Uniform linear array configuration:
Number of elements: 48
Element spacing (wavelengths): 0.75
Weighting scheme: uniform
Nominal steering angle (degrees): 45
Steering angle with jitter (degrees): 43.275
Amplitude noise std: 0.05
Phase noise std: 0.05

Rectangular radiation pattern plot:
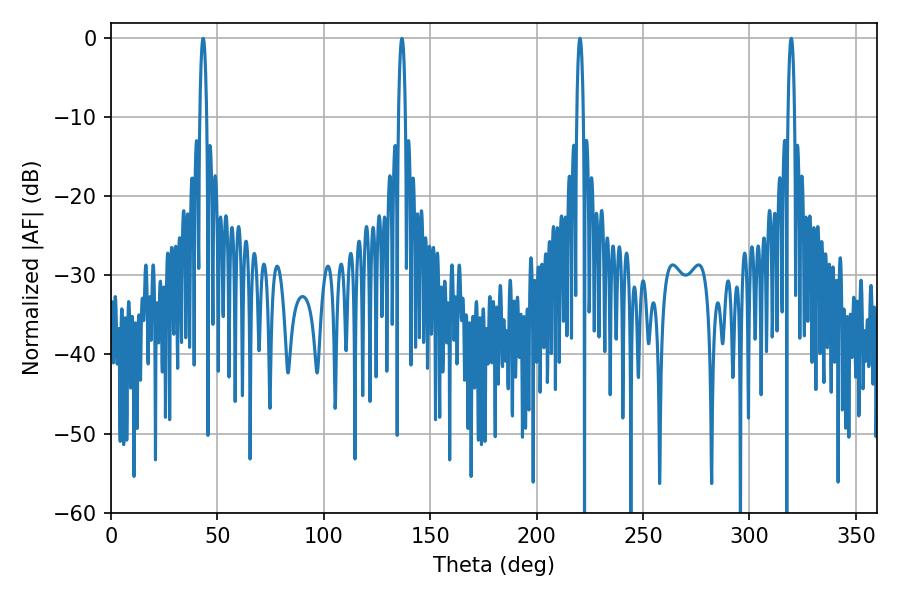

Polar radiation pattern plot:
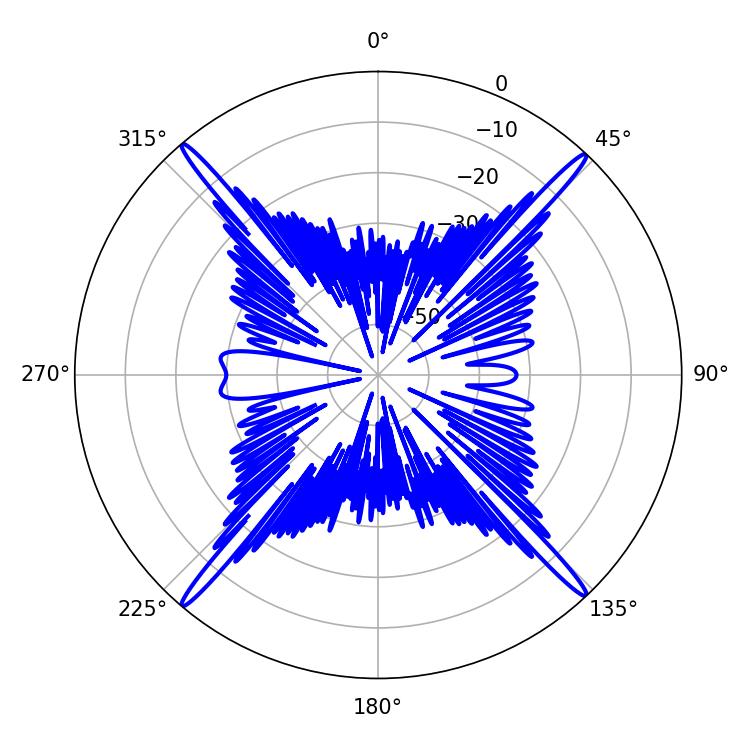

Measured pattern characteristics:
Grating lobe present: TRUE
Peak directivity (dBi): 25.992
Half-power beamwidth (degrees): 1.62
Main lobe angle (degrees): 220.32